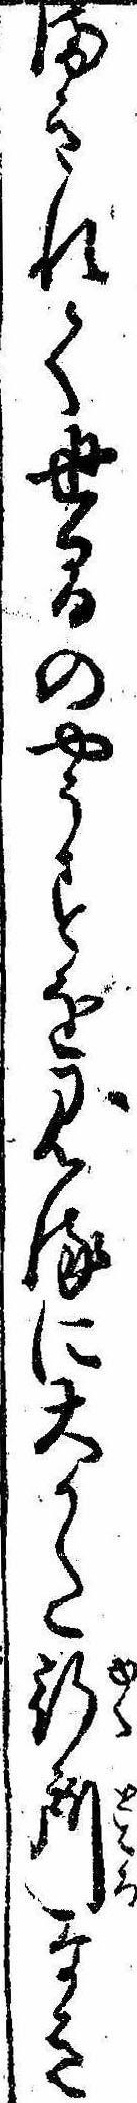
まきれて世間のやうすを見るに大かた行所なき